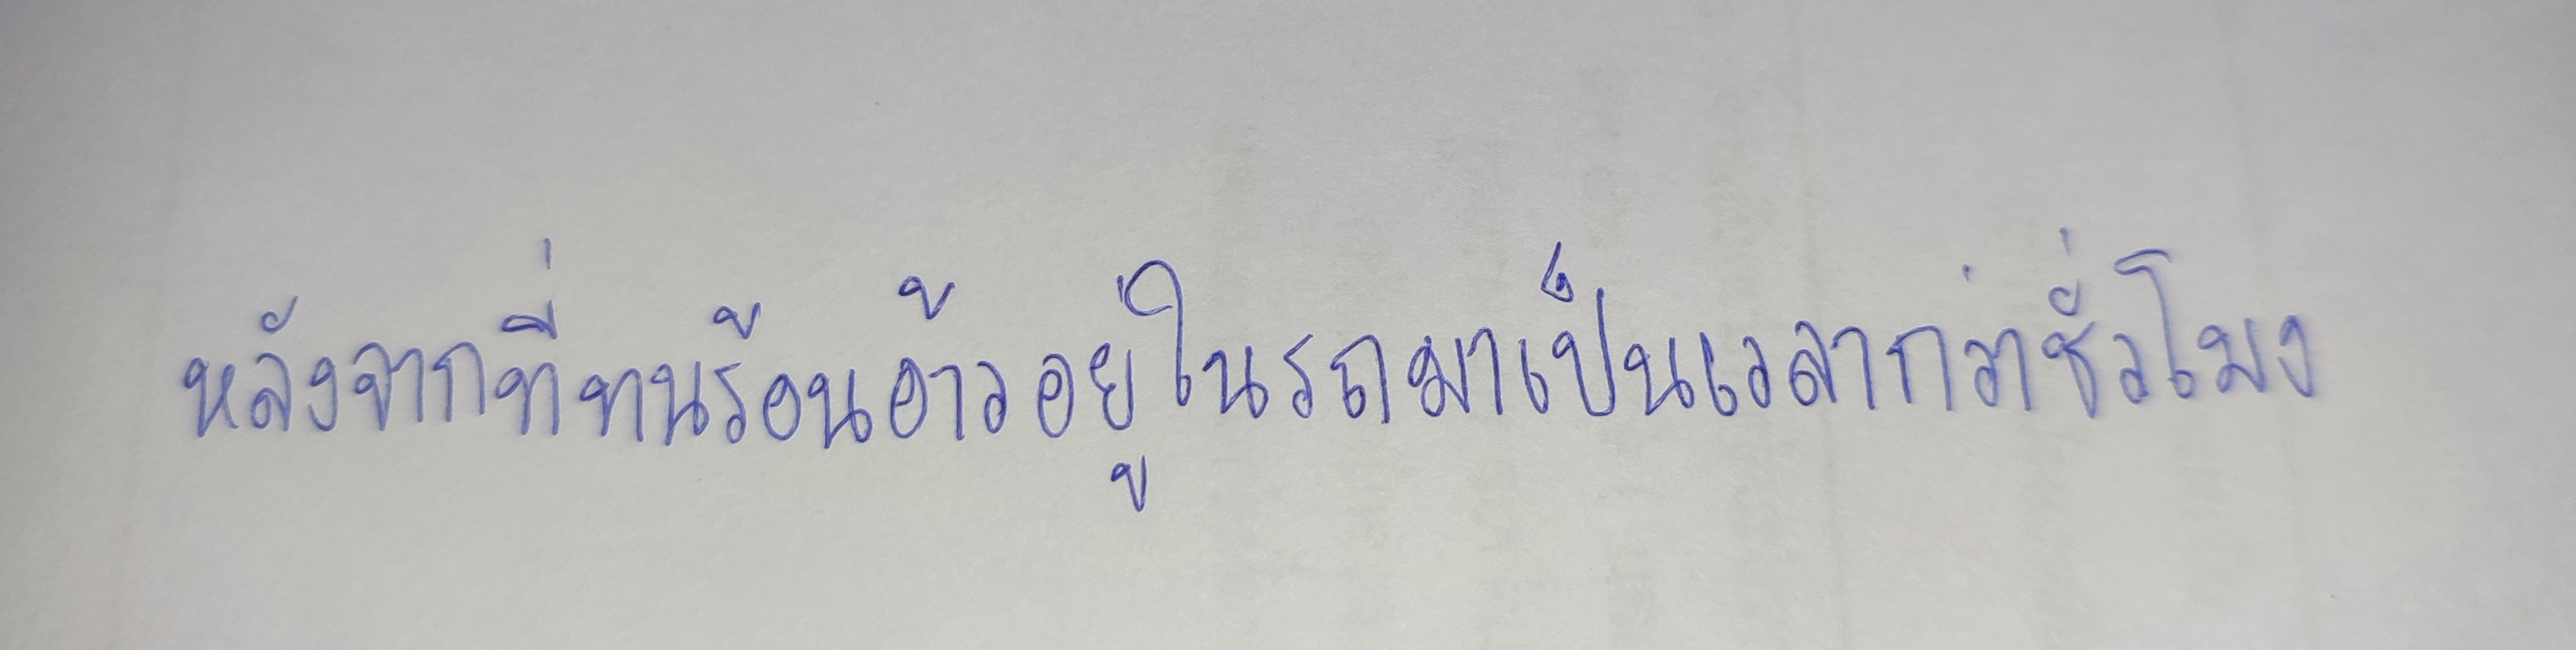
หลังจากที่ทนร้อนอ้าวอยู่ในรถมาเป็นเวลากว่าชั่วโมง